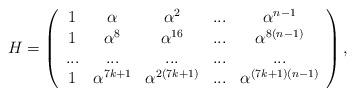
LaTeX: \begin{align*}H=\left( \begin{array}{ccccc}1 & \alpha & \alpha ^{2} & ... & \alpha ^{n-1} \\ 1 & \alpha ^{8} & \alpha ^{16} & ... & \alpha ^{8(n-1)} \\ ... & ... & ... & ... & ... \\ 1 & \alpha ^{7k+1} & \alpha ^{2\left( 7k+1\right) } & ... & \alpha^{(7k+1)\left( n-1\right) }\end{array}\right) , \end{align*}